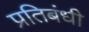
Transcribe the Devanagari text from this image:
प्रतिबंधी